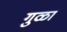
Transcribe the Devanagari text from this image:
गुळा